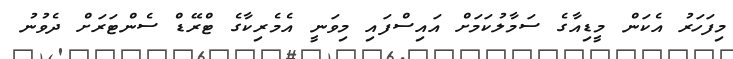
މިފަހަރު އެކަން މީޑިއާގެ ސަމާލުކަމަށް އައިސްފައި މިވަނީ އެމެރިކާގެ ޓްރޭޑް ސެންޓަރަށް ދެވުނު